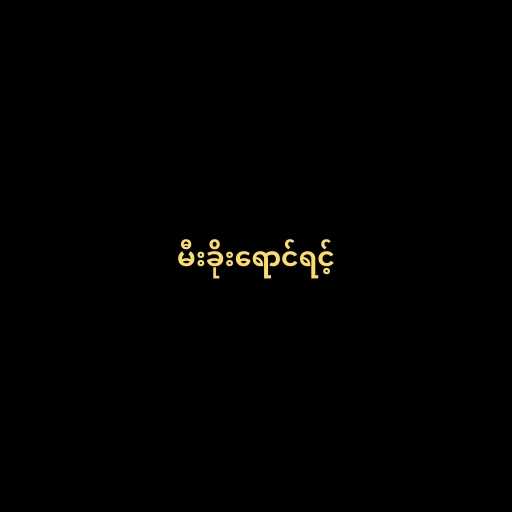
မီးခိုးရောင်ရင့်